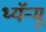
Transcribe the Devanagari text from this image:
थ्यॅन्मू